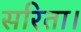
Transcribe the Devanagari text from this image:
सरिता।